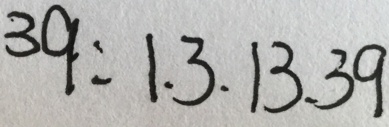
3 9 : 1 . 3 . 1 3 . 3 9